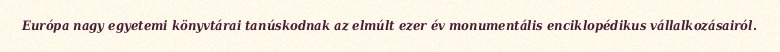
Európa nagy egyetemi könyvtárai tanúskodnak az elmúlt ezer év monumentális enciklopédikus vállalkozásairól.